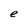
Character: e